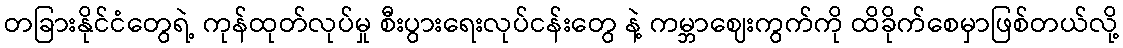
တခြားနိုင်ငံတွေရဲ့ ကုန်ထုတ်လုပ်မှု စီးပွားရေးလုပ်ငန်းတွေ နဲ့ ကမ္ဘာဈေးကွက်ကို ထိခိုက်စေမှာဖြစ်တယ်လို့